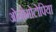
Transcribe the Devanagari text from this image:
ओनोमोटोपिया